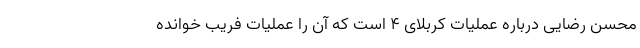
محسن رضایی درباره عملیات کربلای ۴ است که آن را عملیات فریب خوانده